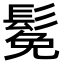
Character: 𫙁